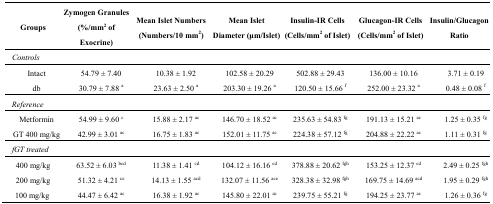
| Groups | Zymogen Granules (%/mm2 of Exocrine) | Mean Islet Numbers (Numbers/10 mm2) | Mean Islet Diameter (μm/Islet) | Insulin-IR Cells (Cells/mm2 of Islet) | Glucagon-IR Cells (Cells/mm2 of Islet) | Insulin/Glucagon Ratio |
 | --- | --- | --- | --- | --- | --- | --- |
 | <COLSPAN=7> Controls |
 | Intact | 54.79 ± 7.40 | 10.38 ± 1.92 | 102.58 ± 20.29 | 502.88 ± 29.43 | 136.00 ± 10.16 | 3.71 ± 0.19 |
 | db | 30.79 ± 7.88 a | 23.63 ± 2.50 a | 203.30 ± 19.26 a | 120.50 ± 15.66 f | 252.00 ± 23.32 a | 0.48 ± 0.08 f |
 | <COLSPAN=7> Reference |
 | Metformin | 54.99 ± 9.60 c | 15.88 ± 2.17 ac | 146.70 ± 18.52 ac | 235.63 ± 54.83 fg | 191.13 ± 15.21 ac | 1.25 ± 0.35 fg |
 | GT 400 mg/kg | 42.99 ± 3.01 ac | 16.75 ± 1.83 ac | 152.01 ± 11.75 ac | 224.38 ± 57.12 fg | 204.88 ± 22.22 ac | 1.11 ± 0.31 fg |
 | <COLSPAN=7> fGT treated |
 | 400 mg/kg | 63.52 ± 6.03 bcd | 11.38 ± 1.41 cd | 104.12 ± 16.16 cd | 378.88 ± 20.62 fgh | 153.25 ± 12.37 cd | 2.49 ± 0.25 fgh |
 | 200 mg/kg | 51.32 ± 4.21 ce | 14.13 ± 1.55 acd | 132.07 ± 11.56 ace | 328.38 ± 32.98 fgh | 169.75 ± 14.69 acd | 1.95 ± 0.29 fgh |
 | 100 mg/kg | 44.47 ± 6.42 ac | 16.38 ± 1.92 ac | 145.80 ± 22.01 ac | 239.75 ± 55.21 fg | 194.25 ± 23.77 ac | 1.26 ± 0.36 fg |